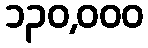
၁၃၀,၀၀၀